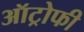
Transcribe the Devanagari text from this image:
ऑट्रोफी